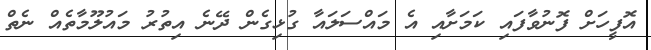
އޮފީހަށް ފޮނުވާފައި ކަމަށާއި އެ މައްސަލައާ ގުޅިގެން ދޭނެ އިތުރު މައުލޫމާތެއް ނެތް